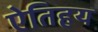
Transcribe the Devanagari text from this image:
ऐतिहय